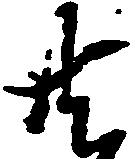
共